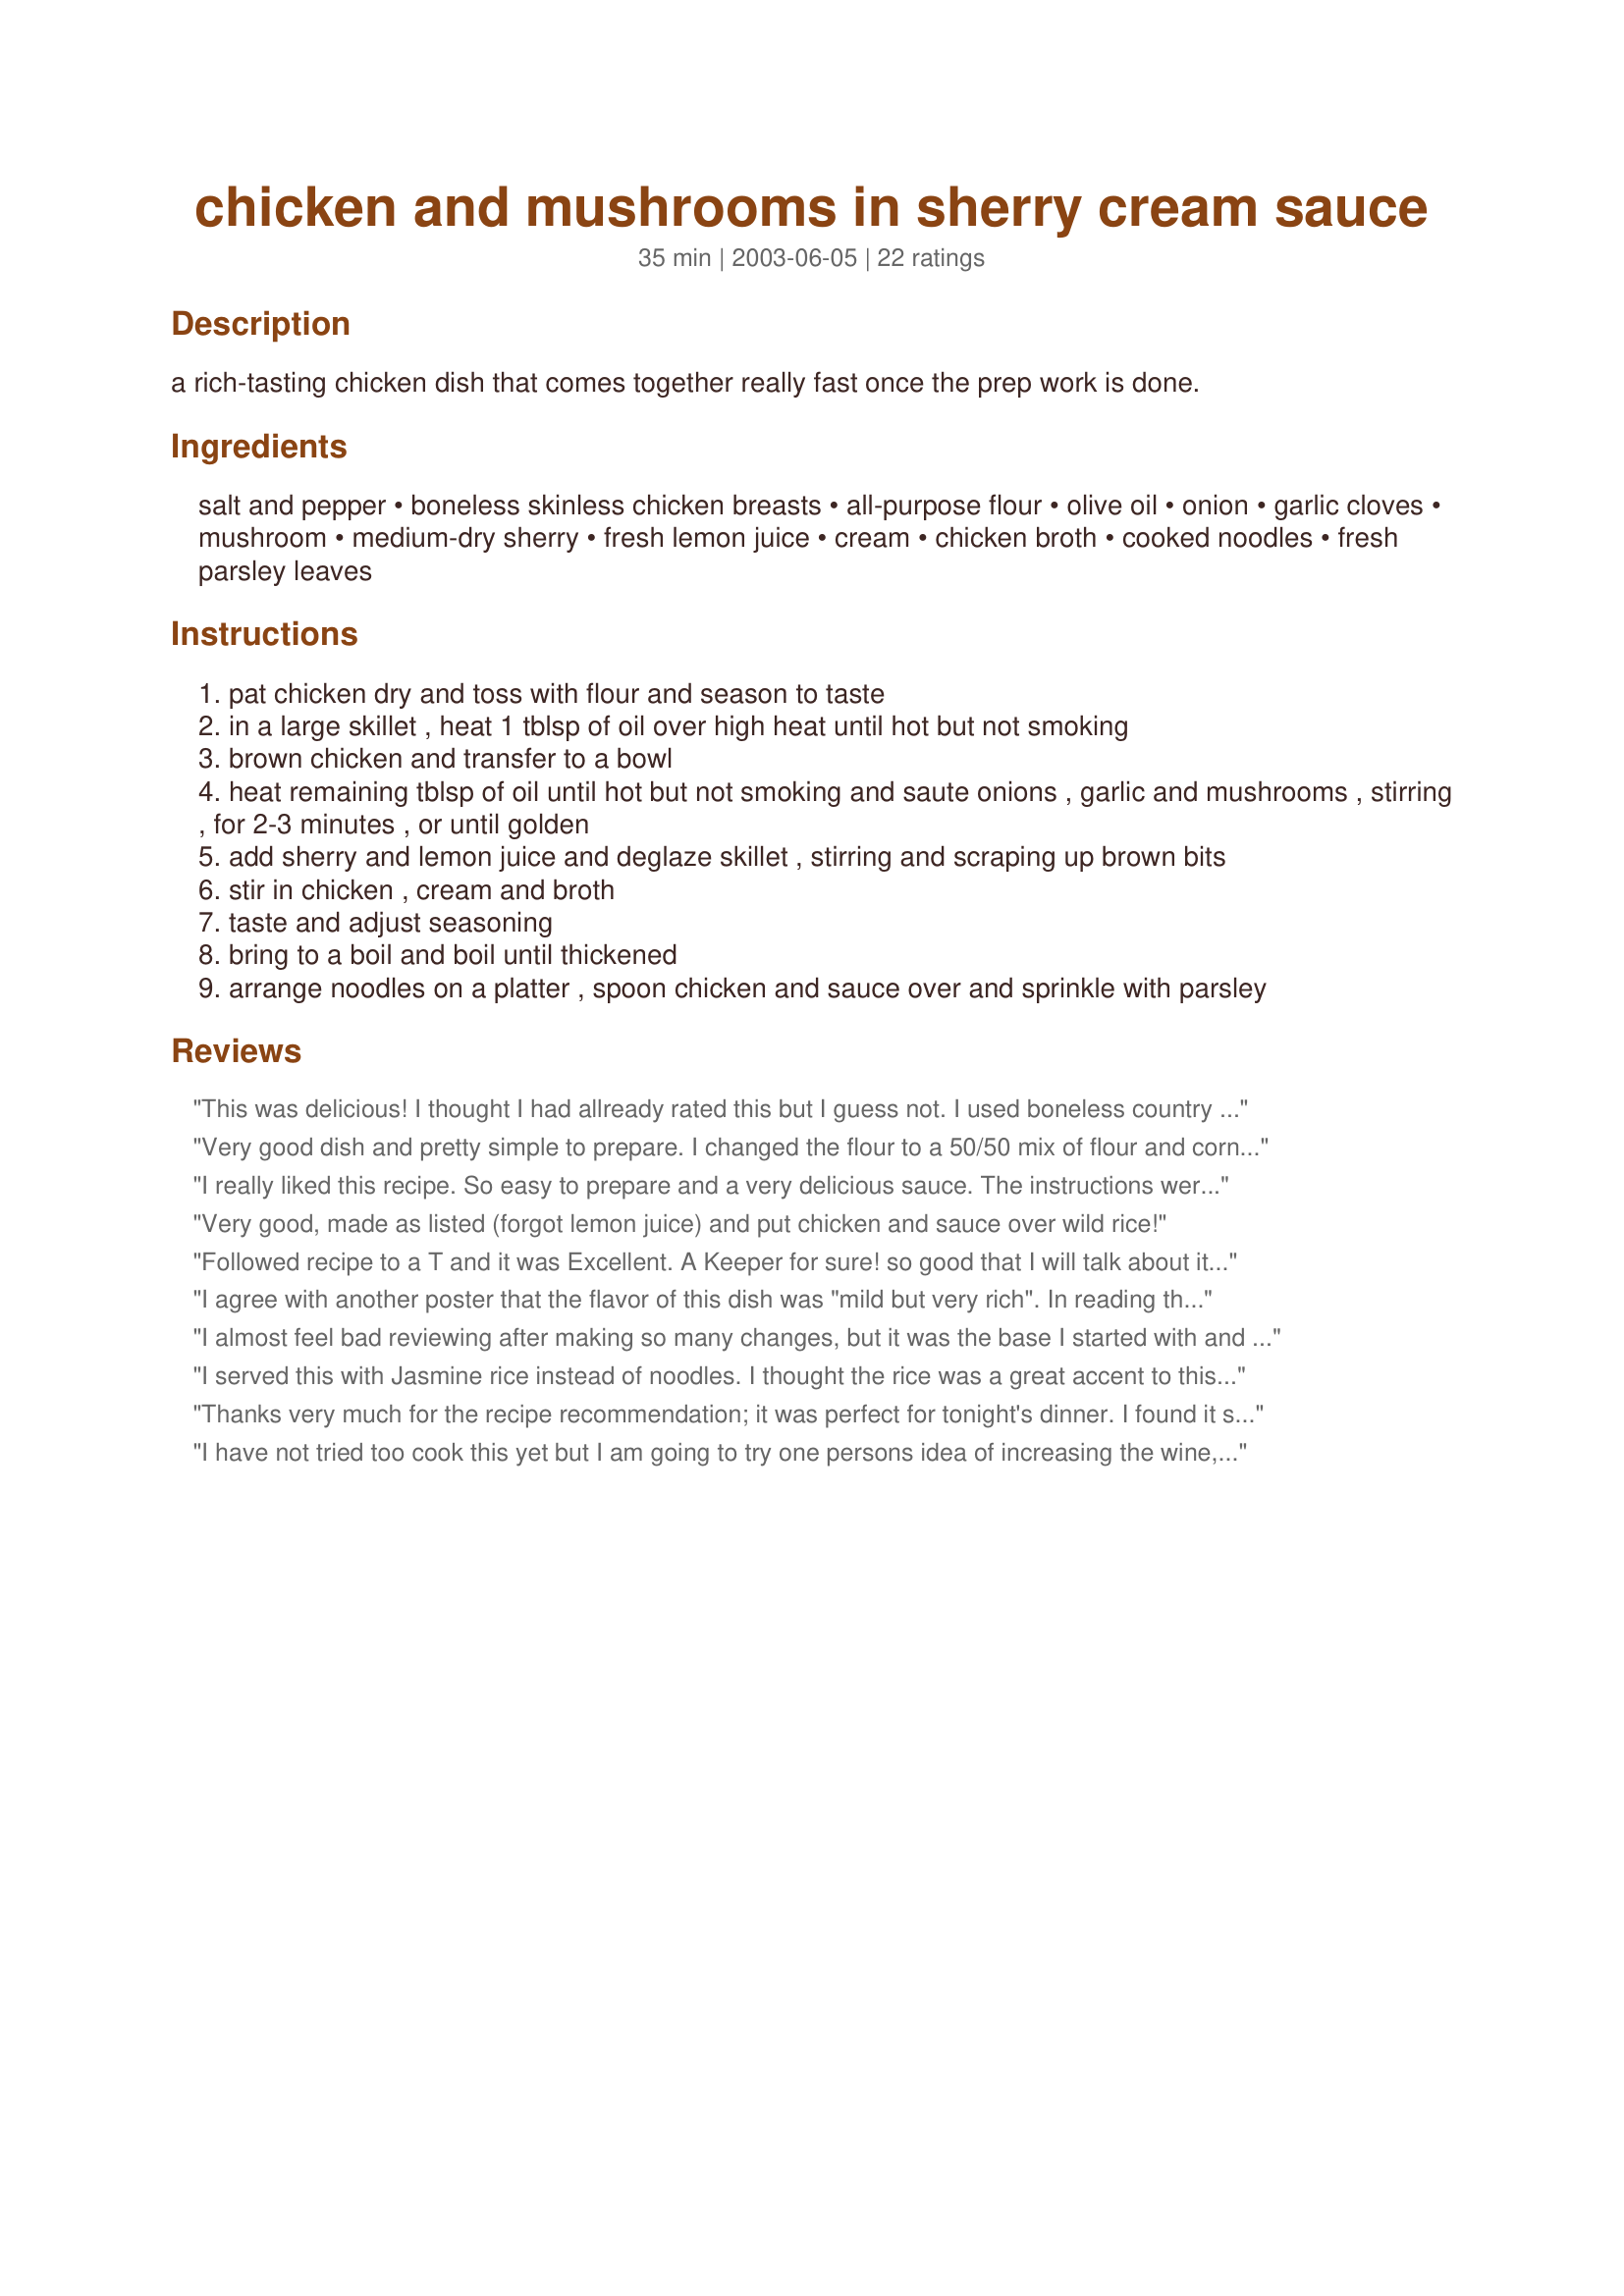
chicken and mushrooms in sherry cream sauce
Preparation time: 35 minutes

a rich-tasting chicken dish that comes together really fast once the prep work is done.

Ingredients:
salt and pepper, boneless skinless chicken breasts, all-purpose flour, olive oil, onion, garlic cloves, mushroom, medium-dry sherry, fresh lemon juice, cream, chicken broth, cooked noodles, fresh parsley leaves

Steps:
pat chicken dry and toss with flour and season to taste
in a large skillet , heat 1 tblsp of oil over high heat until hot but not smoking
brown chicken and transfer to a bowl
heat remaining tblsp of oil until hot but not smoking and saute onions , garlic and mushrooms , stirring , for 2-3 minutes , or until golden
add sherry and lemon juice and deglaze skillet , stirring and scraping up brown bits
stir in chicken , cream and broth
taste and adjust seasoning
bring to a boil and boil until thickened
arrange noodles on a platter , spoon chicken and sauce over and sprinkle with parsley

Reviews:
This was delicious! I thought I had allready rated this but I guess not.
I used boneless country style pork ribs because it is all I had and chardonnay because hubby figured it was the same as sherry!! Well if it was this good so butchered by me then with the sherry it HAS to be fantastic! Next time I will try it the "right" way!
Very good dish and pretty simple to prepare. I changed the flour to a 50/50 mix of flour and cornstarch and added a lot of fresh crack black & white pepper to the mix and I also quartered the mushrooms instead of thinly slicing them. I served it over egg noodles with some warm dinner rolls and it was a big hit. Thanks for this dish.
I really liked this recipe. So easy to prepare and a very delicious sauce. The instructions were very easy to follow and it all came together quickly. Thank you.
Very good, made as listed (forgot lemon juice) and put chicken and sauce over wild rice!
Followed recipe to a T and it was Excellent. A Keeper for sure!
so good that I will talk about it in my blog!
I agree with another poster that the flavor of this dish was "mild but very rich". In reading that, I added the following to the flour...1/4 tsp salt, 1/4 tsp pepper, 1/4 tsp onion powder, & 1/2 tsp garlic powder. Then threw the chicken pieces in a ziploc bag, added the flour mixture and shook to coat the pieces. Very easy and quick meal to make. According to DH, this would even be good enough for me to serve for the holidays when we host his side of the family at our home for Christmas. Since his family is so large, we don't have the room for a sit down dinner so this dish will be just wonderful for my "help yourself" table I set up in my kitchen. Thanks for such a great recipe and hope you don't mind, I posted a pic too.
I almost feel bad reviewing after making so many changes, but it was the base I started with and it was GREAT. OK, so I used salt, pepper, minced garlic and thyme in my flour mix for breading the chicken. I quartered my mushrooms because I prefer the aesthetic. For the sauce I used 1/2 c. Chardonnay, 1/2 cup. chicken broth & 1/2 cup heavy whipping cream with a couple tablespoons of cornstarch mixed in to thicken it a bit. It went together quickly and tasted divine, we'll be making this again.
I served this with Jasmine rice instead of noodles. I thought the rice was a great accent to this dish. I was surprised at how much I liked this recipe, very simple with a complex taste!
Thanks very much for the recipe recommendation; it was perfect for tonight's dinner. I found it straightforward to prepare, quick to cook, and VERY tasty. The only negative (and it's not really a negative LOL) is that the sauce didn't get as thick as I expected, which is no big deal (it was still a great sauce). I used 10% cream but next time I'll either use heavy cream or thicken the sauce a bit with flour or cornstarch. Now, I did double the sauce (we like lots!), so I don't know if that contributed. This was a big hit, especially with my husband, who had two huge helpings. The recipe did call for serving this with pasta, but as we had spaghetti last night for dinner I made rice instead, which worked well with this dish. I'll be making this a lot!
I have not tried too cook this yet but I am going to try one persons idea of increasing the wine, broth and cream. MMMMMMMMMMMMMMMMM.......More liquid fat. Its french cooking why not!!!!!
I have to agree, it was very tasty, but also very mild. In fact, the leftovers the next day were almost bland, but I am sure that can be fixed by tweeking. I had to add quite a lot of sherry, 3 tablespoons was almost undetectabe. The recipe as written is also a lot of meat and not much sauce. So I ended up doubling the sauce all together.
WOW! What a wonderful dish. Loved it.
This was absolutely wonderful! It was a hit with all ages, including a five year old, who is by far, my toughest critic.
A very tasty sauce. I used cubed pork steaks instead of chicken, and followed the recipe, except I did add salt, pepper and some herbs to the flour before tossing pork with it. I served the sauce over the pork, omitting the noodles which are no-nos on Atkins diet. The sauce didn't thicken (probably because the flour from the breading wasn't mixed in the gravy) so I used a little cornstarch to thicken it. Delicious mild, rich flavor. I will make this again.
DH said he liked the recipe and wants me to prepare it again. I on the otherhand found it lacking somthing, not sure what. As another reviewer said, it has a "mild yet rich flavor". I'll try again with a few herbs/spices.
Been making this since the 1970&#039;s. My mother always made this but with a cut up whole chicken. She browned it really good, then added the rest of ingredients. She&#039;d cook it in chicken broth with whole button mushrooms, garlic, shallots, leek, celery and 1 whole carrot, she never used tarragon. I just think salt and pepper, parsley were the only spices in it. She did not use lemon but used a 1/4 cup or so of dry white wine with the same amount of sherry. I made this with the Bone in breast with skin on, I brown them a bit, and then saute the veggies in same pan adding butter to the tiny bit of chicken fat in pan. I then add the sherry, wine and the chicken back to the pan and bake it for 45 minutes. I like the flavor of Chicken breast better with the bone in and skin on. A little more fat but worth it. I don&#039;t put a lot of butter in it . Also in a pinch or instead of cream, cream of mushroom soup with milk can be used and it is pretty good. My grandmother would also make this without any cream or mushroom soup, just with the wine and sherry, that is how my grandfather like it. But us kids we liked the creamy version better. Now I prefer just the sherry and wine version better, you thicken sauce with some cornstarch or flour rue. Delicious!
I thought this was full of flavor and was delighted that my kids and husband liked it too! Instead of chicken breasts I deboned a 4 lb. chicken and cut into bite sized pieces, which necessitated the use of more flour (1 c. flour, 1 tsp salt, 1/2 tsp each pepper, paprika and poultry seasoning). Seasoning to taste at this point will prevent the dish from being bland. Because I used more flour I also had to add more chicken broth (1 cup) to end up with a nice sauce. This is a delicious, comfort food type dish which I will add to our usual menu plan. Thanks!
Delicious and very easy to prepare. I followed the recipe exactly except I doubled the sauce ingredients as we like lots of sauce. I thickened the sauce with a bit of cornstarch mixed with water. Had a bit left over for lunch the next day and it was even better.
The flavor of this dish was wonderful! However, next time I will add a little bit more garlic or something of the sort because it was a little bit mild.
Excellent. To the reviewers who commented on its relative blandness, I would note that the contributor DID say &quot;season to taste&quot;---leaving room for &quot;playing&quot;. I used Cavender&#039;s Greek seasoning blend (kind of my favorite go-to), lots of salt and pepper, and a tablespoon of fresh lemon juice, along with the sherry. I&#039;d serve this to dinner guests, for sure---maybe tossing in some quartered artichoke hearts and pimiento to fancy it up for company. I had a pot of leftover wild rice blend, so served it over that---magnifico!
Good recipe, but it can and should be elevated: Use a whole chicken to make your own stock or make stock with left over chicken carcas and ad breasts later. Towards the end of cooking mushrooms, garlic, onions and tsp kosher salt, add fresh thyme and sprinkle of cayenne. Cook about 1 min and increase heat. Add half the sherry cooking to almost dry. remove contents to another dish. Melt 2 to 3 tbs butter and slowly cook 1/4 cup flour (rouge) for three minutes under low heat stirring constantly. Using equal amounts of stock to Milk ( whole milk 2/3 and cream 1/3), add stock first slowing stirring constantly incorporating with rouge until thickened. Then slowly stir in milk/cream and continue to stir until it comes to a boil. Stir in another tsp kosher salt, return the pulled chicken, mushroom mix to the pot and add about 1/2 to 1 cup of fresh or frozen peas. Bring back to low boil stirring and shut of heat. Add parsley the rest of the sherry and cover 10 minutes. Taste and season as needed. We enjoy this over long grain brown rice, mashed potatoes, toast, or noodles.
Wow! This was just wonderful - cannot imagine how I missed making it this long. Made it just as posted except for seasoning the chicken with some salt, pepper, celery salt and parsley. This is already a favorite here!
